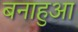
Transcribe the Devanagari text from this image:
बनाहुआ